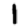
Digit: 1